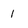
Character: 1